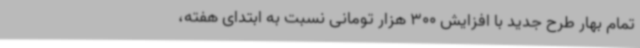
تمام بهار طرح جدید با افزایش 300 هزار تومانی نسبت به ابتدای هفته،